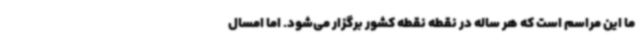
ما این مراسم است که هر ساله در نقطه نقطه کشور برگزار می‌شود. اما امسال